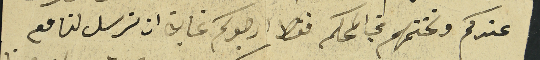
عندكم ونختمهم في المحكمة فقط ارجوكم غاية ان ترسل لنا مع